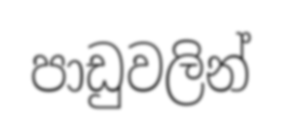
පාඩුවලින්